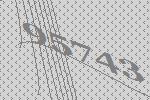
95743